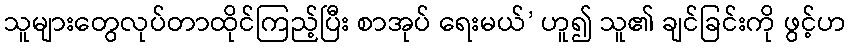
သူများတွေလုပ်တာထိုင်ကြည့်ပြီး စာအုပ် ရေးမယ်’ ဟူ၍ သူ၏ ချင်ခြင်းကို ဖွင့်ဟ